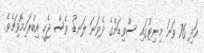
އަދި 76 ވަނަ މިނިޓުގައި ސްވިޑަންގެ ދެވަނަ ލަނޑު ވެސް ޖެހީ އިބްރަހިމޮވިޗެވެ.